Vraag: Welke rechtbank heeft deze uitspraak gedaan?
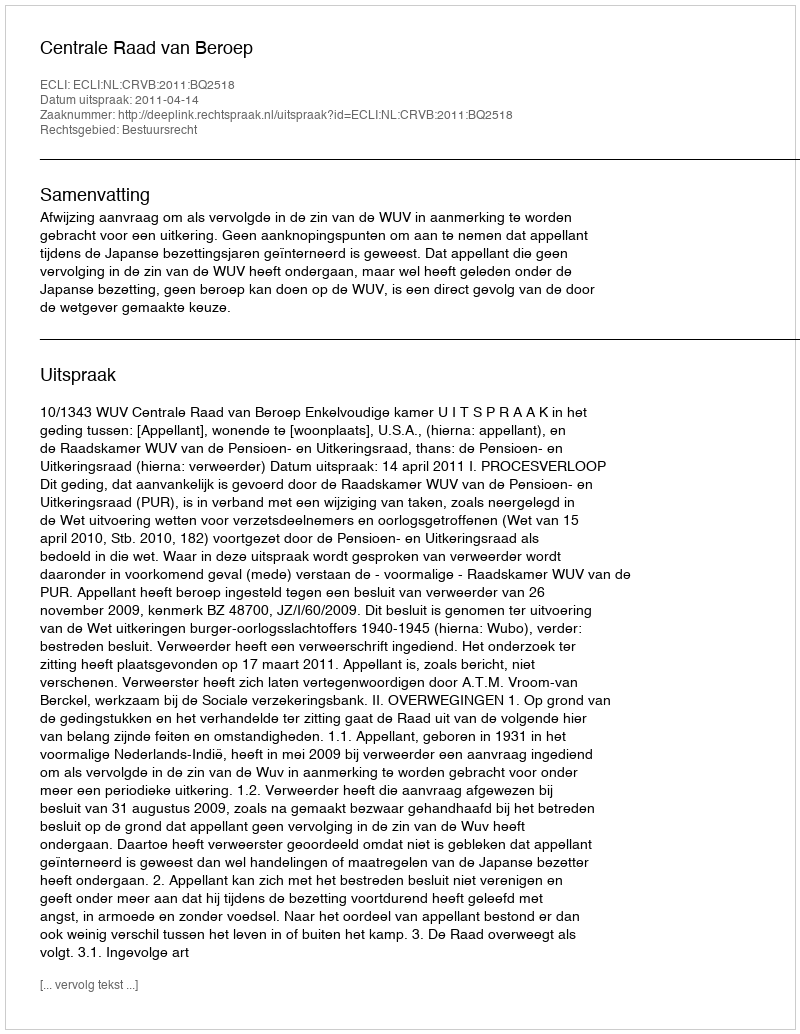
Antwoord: Centrale Raad van Beroep